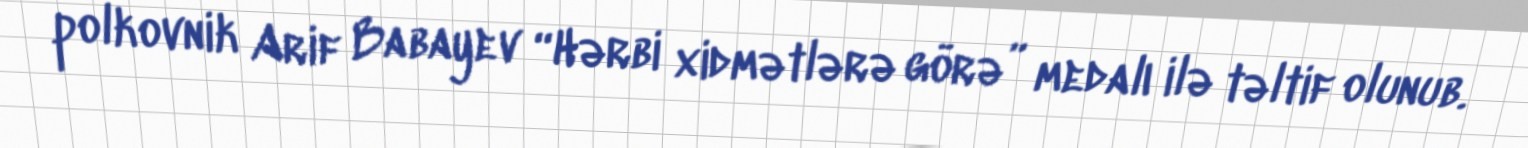
polkovnik Arif Babayev “Hərbi xidmətlərə görə” medalı ilə təltif olunub.